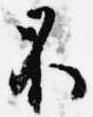
不